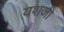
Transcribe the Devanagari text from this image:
यशजी